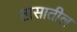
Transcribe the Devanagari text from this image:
तासातील